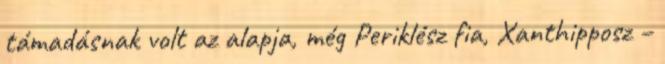
támadásnak volt az alapja, még Periklész fia, Xanthipposz –